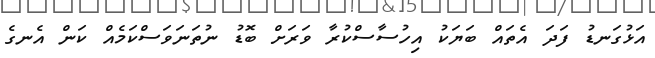
އަޅުގަނޑު ފަދަ އެތައް ބަޔަކު އިހުސާސްކުރާ ވަރަށް ބޮޑު ނުތަނަވަސްކަމެއް ކަން އެނގެ